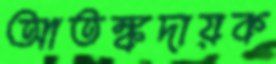
আতঙ্কদায়ক